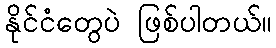
နိုင်ငံတွေပဲ ဖြစ်ပါတယ်။